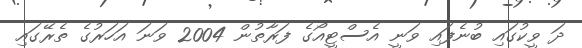
ދަ ވީކުގައި ބުނެފައި ވަނީ އެސްޓީއޯގެ ފަރާތުން 2004 ވަނަ އަހަރުގެ ތެރޭގައި